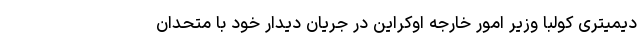
دیمیتری کولبا وزیر امور خارجه اوکراین در جریان دیدار خود با متحدان